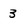
Character: 3